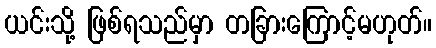
ယင်းသို့ ဖြစ်ရသည်မှာ တခြားကြောင့်မဟုတ်။